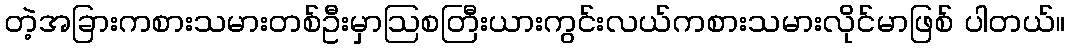
တဲ့အခြားကစားသမားတစ်ဦးမှာဩစတြီးယားကွင်းလယ်ကစားသမားလိုင်မာဖြစ် ပါတယ်။